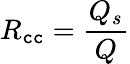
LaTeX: R_{\mathtt{c}\mathtt{c}}=\frac{{Q_{s}}}{{Q}}